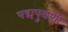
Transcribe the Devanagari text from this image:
पद्मपुराणी